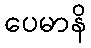
ပေမာနိ